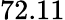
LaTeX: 72.11